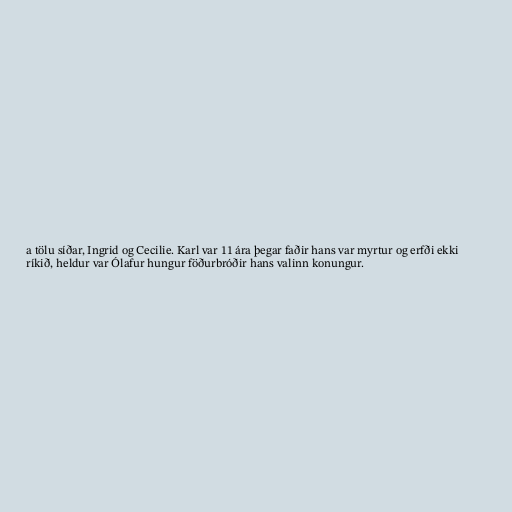
a tölu síðar, Ingrid og Cecilie. Karl var 11 ára þegar faðir hans var myrtur og erfði ekki
ríkið, heldur var Ólafur hungur föðurbróðir hans valinn konungur.